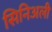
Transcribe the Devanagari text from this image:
सिनिअली